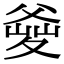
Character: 𤕘